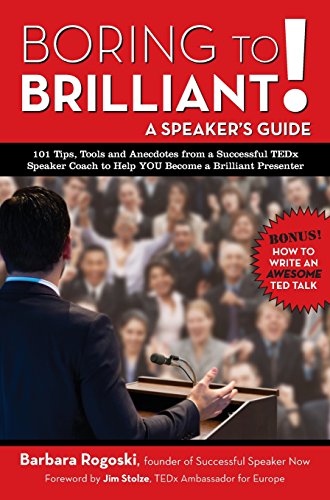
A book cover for Boring to Brilliant! A Speaker's Guide; Barbara Rogoski; Business & Money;